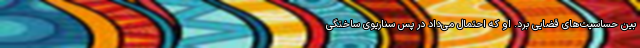
بین حساسیت‌های قضایی برد. او که احتمال می‌داد در پس سناریوی ساختگی